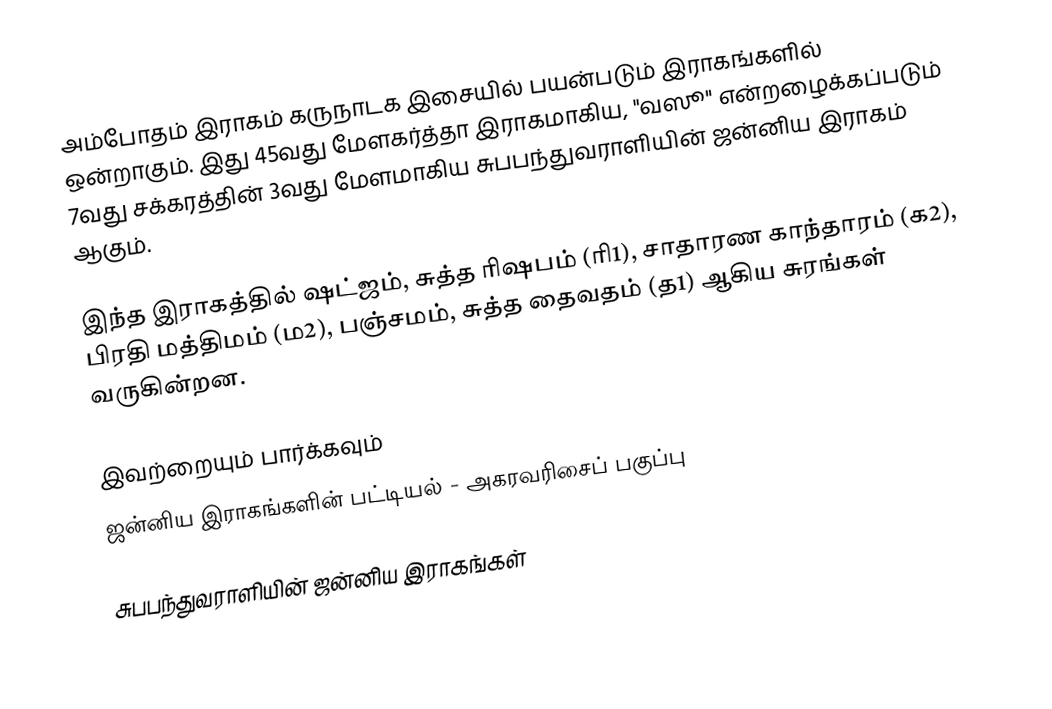
அம்போதம் இராகம் கருநாடக இசையில் பயன்படும் இராகங்களில் ஒன்றாகும். இது 45வது மேளகர்த்தா இராகமாகிய, "வஸூ" என்றழைக்கப்படும் 7வது சக்கரத்தின் 3வது மேளமாகிய சுபபந்துவராளியின் ஜன்னிய இராகம் ஆகும்.

இந்த இராகத்தில் ஷட்ஜம், சுத்த ரிஷபம் (ரி1),  சாதாரண காந்தாரம் (க2), பிரதி மத்திமம் (ம2), பஞ்சமம், சுத்த தைவதம் (த1) ஆகிய சுரங்கள் வருகின்றன.

இவற்றையும் பார்க்கவும்
 ஜன்னிய இராகங்களின் பட்டியல் - அகரவரிசைப் பகுப்பு

சுபபந்துவராளியின் ஜன்னிய இராகங்கள்